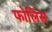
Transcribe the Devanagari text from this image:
फोलिस